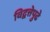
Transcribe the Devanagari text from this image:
विद्वत्तेपुढे